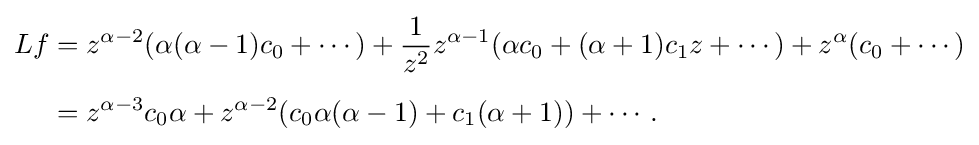
{\begin{aligned}Lf&=z^{\alpha -2}(\alpha (\alpha -1)c_{0}+\cdots )+{\frac {1}{z^{2}}}z^{\alpha -1}(\alpha c_{0}+(\alpha +1)c_{1}z+\cdots )+z^{\alpha }(c_{0}+\cdots )\\[5pt]&=z^{\alpha -3}c_{0}\alpha +z^{\alpha -2}(c_{0}\alpha (\alpha -1)+c_{1}(\alpha +1))+\cdots .\end{aligned}}